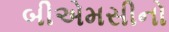
બીએમસીનો